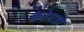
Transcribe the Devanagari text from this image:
कोराडो